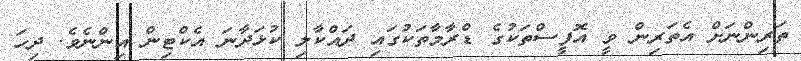
ތަރިންނަށް އެތަރިން ވީ އޮފީސްތަކުގެ ޑްރާމާތަކުގައި ދައްކާލި ކުޅަދާނަ އެކްޓިން އިންނެވެ. ދިހަ